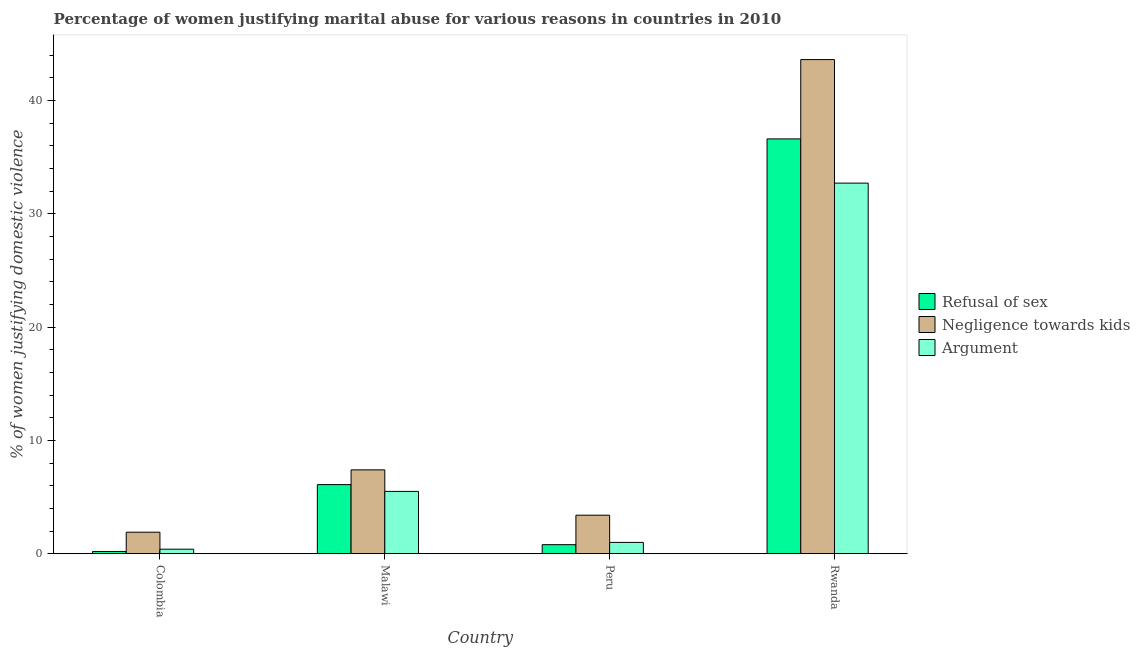
| Country | Refusal of sex | Negligence towards kids | Argument |
 | --- | --- | --- | --- |
 | Colombia | 0.2 | 1.9 | 0.4 |
 | Malawi | 6.1 | 7.4 | 5.5 |
 | Peru | 0.8 | 3.4 | 1 |
 | Rwanda | 36.6 | 43.6 | 32.7 |